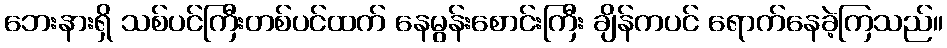
ဘေးနားရှိ သစ်ပင်ကြီးတစ်ပင်ထက် နေမွန်းစောင်းကြီး ချိန်ကပင် ရောက်နေခဲ့ကြသည်။